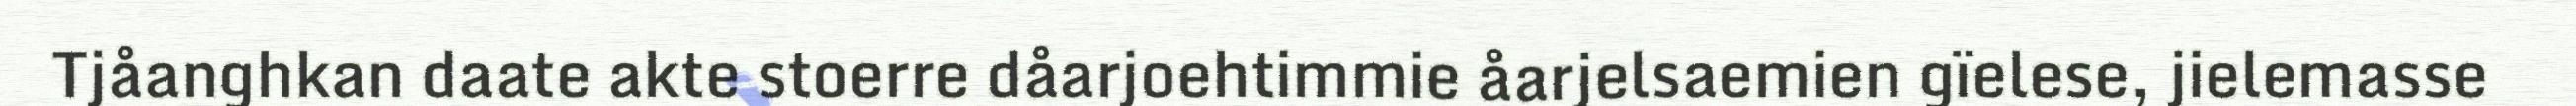
Tjåanghkan daate akte stoerre dåarjoehtimmie åarjelsaemien gïelese, jielemasse